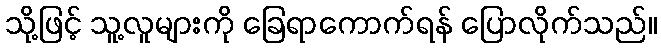
သို့ဖြင့် သူ့လူများကို ခြေရာကောက်ရန် ပြောလိုက်သည်။